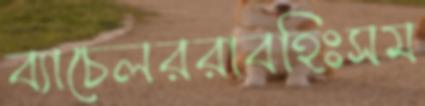
ব্যাচেলররাবহিঃসম